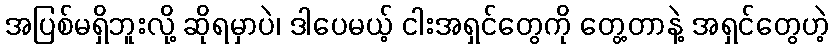
အပြစ်မရှိဘူးလို့ ဆိုရမှာပဲ၊ ဒါပေမယ့် ငါးအရှင်တွေကို တွေ့တာနဲ့ အရှင်တွေဟဲ့